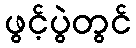
ဖွင့်ပွဲတွင်